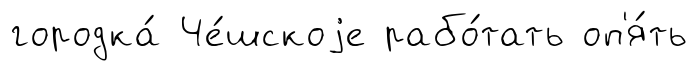
городка́ Че́шскоjе рабо́тать оп'я́ть